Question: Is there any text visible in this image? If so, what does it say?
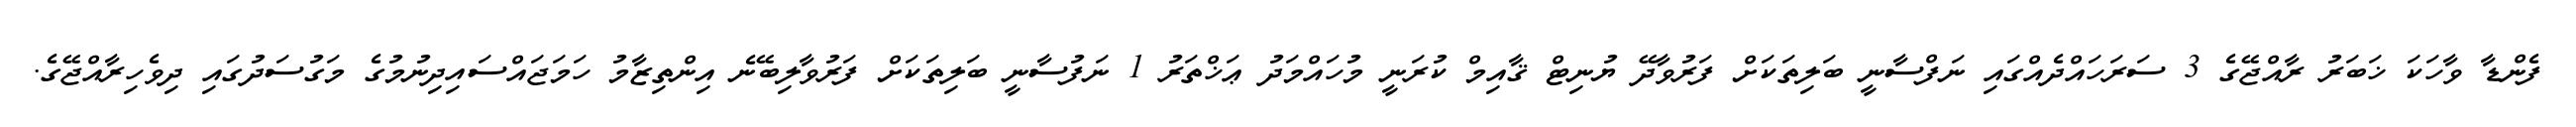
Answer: ފެންޑާ ވާހަކަ ޚަބަރު ރާއްޖޭގެ 3 ސަރަހައްދެއްގައި ނަފްސާނީ ބަލިތަކަށް ފަރުވާދޭ ޔުނިޓް ޤާއިމް ކުރަނީ މުހައްމަދު ޢަޚްތަރު 1 ނަފުސާނީ ބަލިތަކަށް ފަރުވާލިބޭނެ އިންތިޒާމު ހަމަޖައްސައިދިނުމުގެ މަގުސަދުގައި ދިވެހިރާއްޖޭގެ.